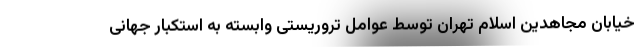
خیابان مجاهدین اسلام تهران توسط عوامل تروریستی وابسته به استکبار جهانی